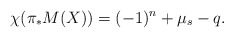
\begin{align*}\chi(\pi_* M(X)) = (-1)^n + \mu_s - q.\end{align*}